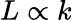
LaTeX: L\propto k